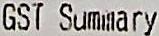
GST SUMMARY